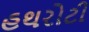
હથરોટી